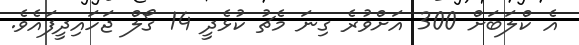
އެ ކްލަބަށް 300 އަށްވުރެ ގިނަ މެޗު ކުޅެދީ 14 ގޯލް ޖަހައިދީފައެވެ.